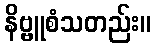
နိဗ္ဗူစံသတည်း။